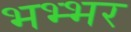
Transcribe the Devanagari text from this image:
भभ्भर